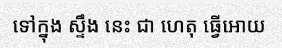
ទៅក្នុង ស្ទឹង នេះ ជា ហេតុ ធ្វើអោយ